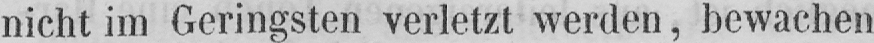
nicht im Geringsten verletzt werden, bewachen